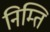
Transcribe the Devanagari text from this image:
निम्ति